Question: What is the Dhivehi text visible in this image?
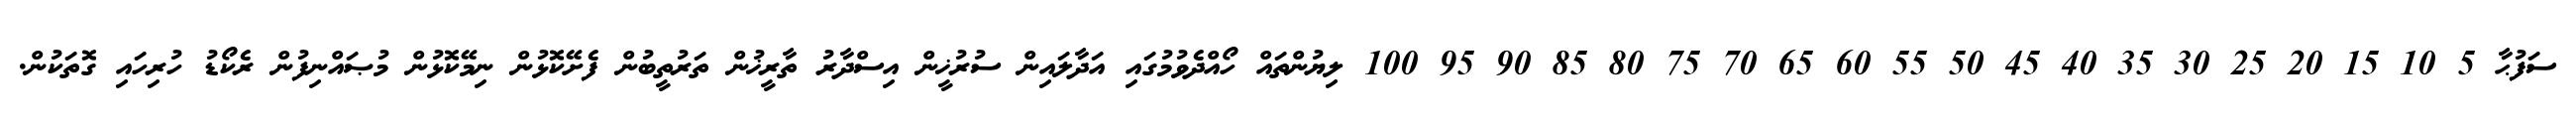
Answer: ސަފުޙާ 5 10 15 20 25 30 35 40 45 50 55 60 65 70 75 80 85 90 95 100 ލިޔުންތައް ހޯއްދެވުމުގައި އަދާލައިން ސުރުޚީން އިސްދާރު ތާރީޚުން ތަރުތީބުން ފެށޭކޮޅުން ނިމޭކޮޅުން މުޞައްނިފުން ރެކޯޑު ހުރިހައި ގޮތަކުން.